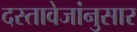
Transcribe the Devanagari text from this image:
दस्तावेजांनुसार